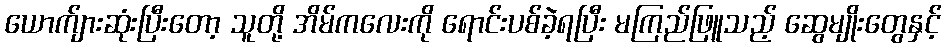
ယောက်ျားဆုံးပြီးတော့ သူတို့ အိမ်ကလေးကို ရောင်းပစ်ခဲ့ရပြီး မကြည်ဖြူသည့် ဆွေမျိုးတွေနှင့်